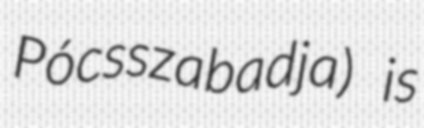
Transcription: Pócsszabadja) is